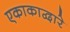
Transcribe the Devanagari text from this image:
एकाकाद्वारे